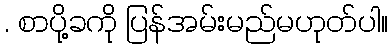
. စာပို့ခကို ပြန်အမ်းမည်မဟုတ်ပါ။